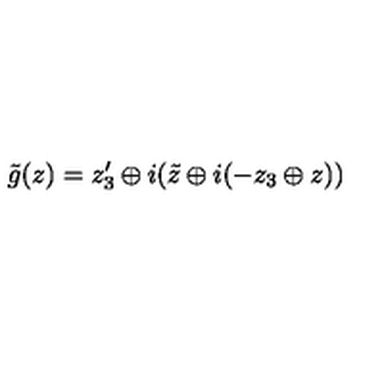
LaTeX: \tilde { g } ( z ) = z _ { 3 } ^ { \prime } \oplus i ( \tilde { z } \oplus i ( - z _ { 3 } \oplus z ) )